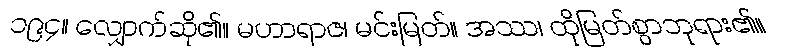
၁၉၄။ လျှောက်ဆို၏။ မဟာရာဇ၊ မင်းမြတ်။ အဿ၊ ထိုမြတ်စွာဘုရား၏။